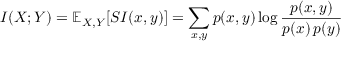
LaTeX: I ( X ; Y ) = \mathbb { E } _ { X , Y } [ S I ( x , y ) ] = \sum _ { x , y } p ( x , y ) \log { \frac { p ( x , y ) } { p ( x ) \, p ( y ) } }